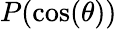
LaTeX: P(\cos(\theta))